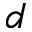
d